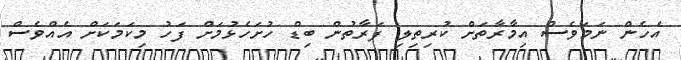
އެހެން ނަމަވެސް އިމާރާތަށް ކުރިތިލި ފަރާތުން ބިޑް ހުށަހެޅުމަށް ފަހު މިކަމަކަށް އެއްވެސް